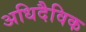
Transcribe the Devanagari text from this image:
अधिदैविक